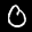
Label: 0